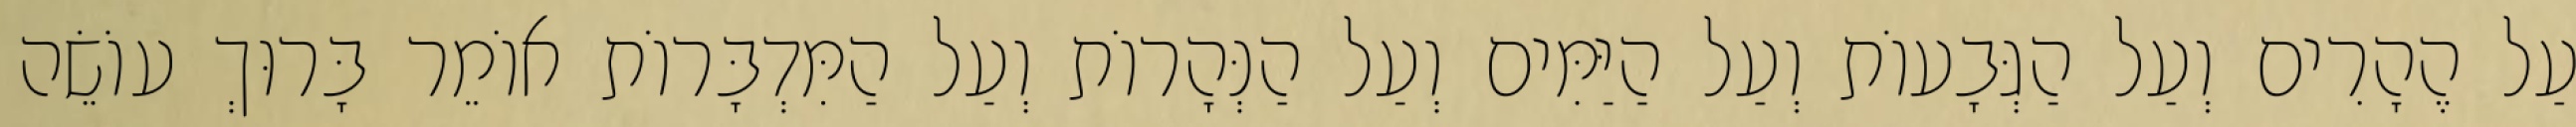
עַל הֶהָרִים וְעַל הַגְּבָעוֹת וְעַל הַיַּמִּים וְעַל הַנְּהָרוֹת וְעַל הַמִּדְבָּרוֹת אוֹמֵר בָּרוּךְ עוֹשֵׂה